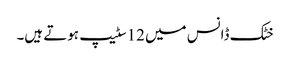
خٹک ڈانس میں 12سٹیپ ہوتے ہیں۔